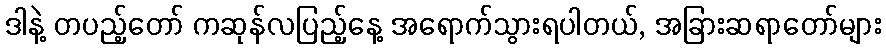
ဒါနဲ့ တပည့်တော် ကဆုန်လပြည့်နေ့ အရောက်သွားရပါတယ်, အခြားဆရာတော်များ